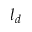
l _ { d }